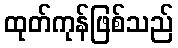
ထုတ်ကုန်ဖြစ်သည်